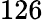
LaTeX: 126